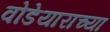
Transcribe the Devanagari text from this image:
वोडेयाराच्या